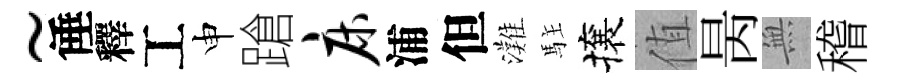
~倕釋工申蹌床浦但灘駐攘值昺𭴾稽